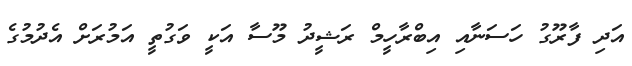
އަދި ފާރޫގު ހަސަނާއި އިބްރާހީމް ރަޝީދު މޫސާ އަކީ ވަގުތީ އަމުރަށް އެދުުމުގެ